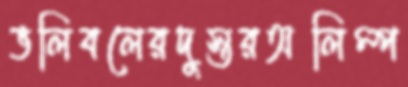
ভলিবলেরদুস্তরঅলিম্প